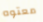
معتوه